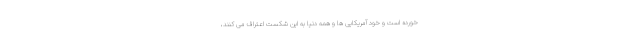
خورده است و خود آمریکایی ها و همه دنیا به این شکست اعتراف می کنند،